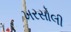
ખરસોલી